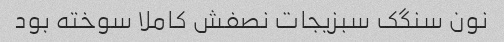
نون سنگک سبزیجات نصفش کاملا سوخته بود